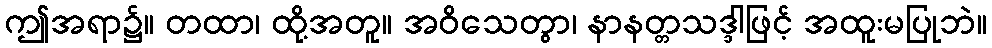
ဤအရာ၌။ တထာ၊ ထို့အတူ။ အဝိသေတွာ၊ နာနတ္တသဒ္ဒါဖြင့် အထူးမပြုဘဲ။